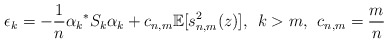
\begin{align*}\epsilon_k = -\frac{1}{n} {\alpha_k}^* S_k \alpha_k + c_{n,m} \mathbb{E}[s_{n,m}^2(z)], \: \: k > m, \: \: c_{n,m} = \frac{m}{n}\end{align*}